Civil Veterinary Department Bihar reports 1936-40 - 1936-1940
Year: 1936
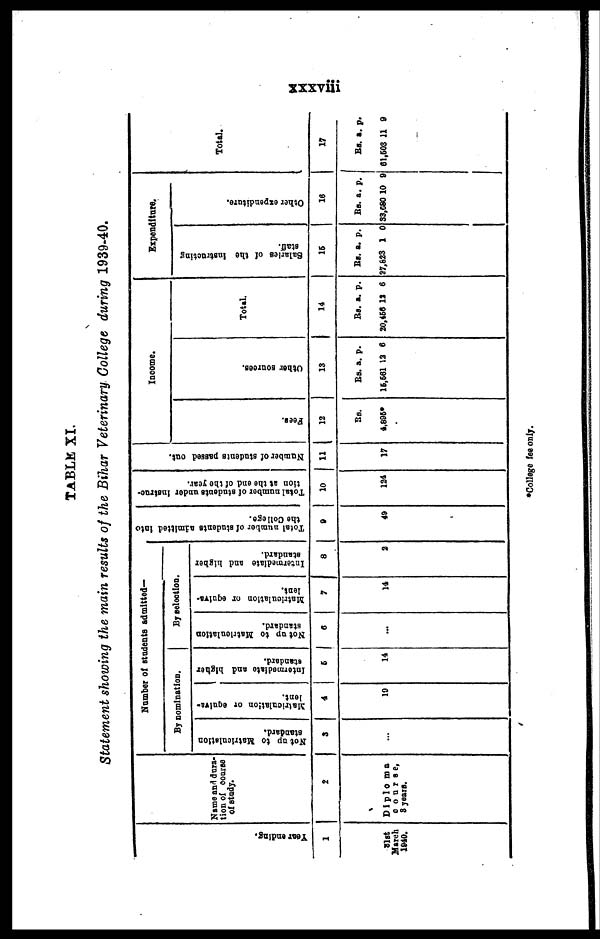
xxxviii
TABLE XI.
Statement showing the main results of the Bihar Veterinary College during 1939-40.
Year ending,
1
31st
March
1840.
Name and dura-
tion of course
of study.
2
Diploma
course,
3 years.
Number of students admitted—
By nomination.
Not up to Matriculation
standard.
3
...
Matriculation or equiva-
lent.
4
10
Intermediate and higher
standard.
5
14
By selection.
Not up to Matrlculation
standard.
6
...
Matriculation
or equiva-
lent.
7
14
Intermediate and higher
standard.
8
2
Total number
of students admitted into
the College.
9
49
Total number of students under instruc-
tion at the end of the year.
10
124
Number of students passed out.
11
17
Income.
Fees.
12
RS.
4,895*
Other sources.
13
Rs.
15,561
a.
12
p.
6
Total.
14
Rs.
20,456
a.
12
p.
6
Expenditure.
Sal ar i
es of the instructing
staff.
15
Rs.
27,823
a.
1
p.
0
Ot her expenditure.
16
Rs.
33,680
a.
10
p.
9
Total.
17
Rs.
61,503
a.
11
p.
9
*College fee only.